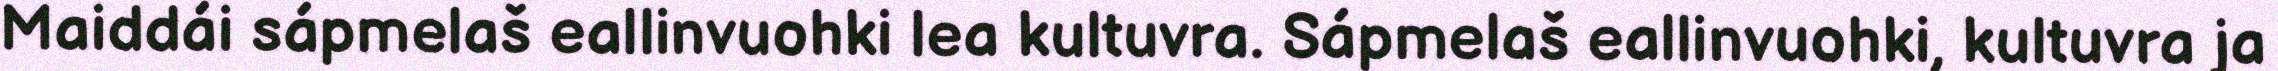
Maiddái sápmelaš eallinvuohki lea kultuvra. Sápmelaš eallinvuohki, kultuvra ja